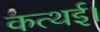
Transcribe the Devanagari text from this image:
कत्थई।